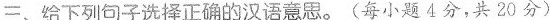
三、给下列句子选择正确的汉语意思。(每小题4分，共20分)